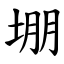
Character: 堋